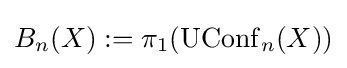
B_{n}(X):=\pi _{1}(\operatorname {UConf} _{n}(X))